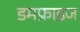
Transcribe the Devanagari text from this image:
डमफ्राइज